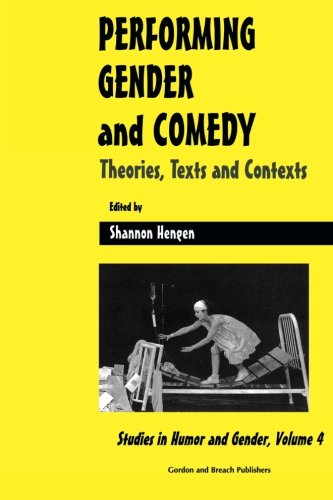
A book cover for Performing Gender and Comedy: Theories, Texts and Contexts (Studies in Humor and Gender); Humor & Entertainment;